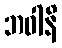
ဘဝါနိ